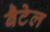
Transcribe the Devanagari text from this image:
बैटेल